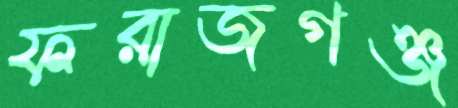
ফরাজগঞ্জ